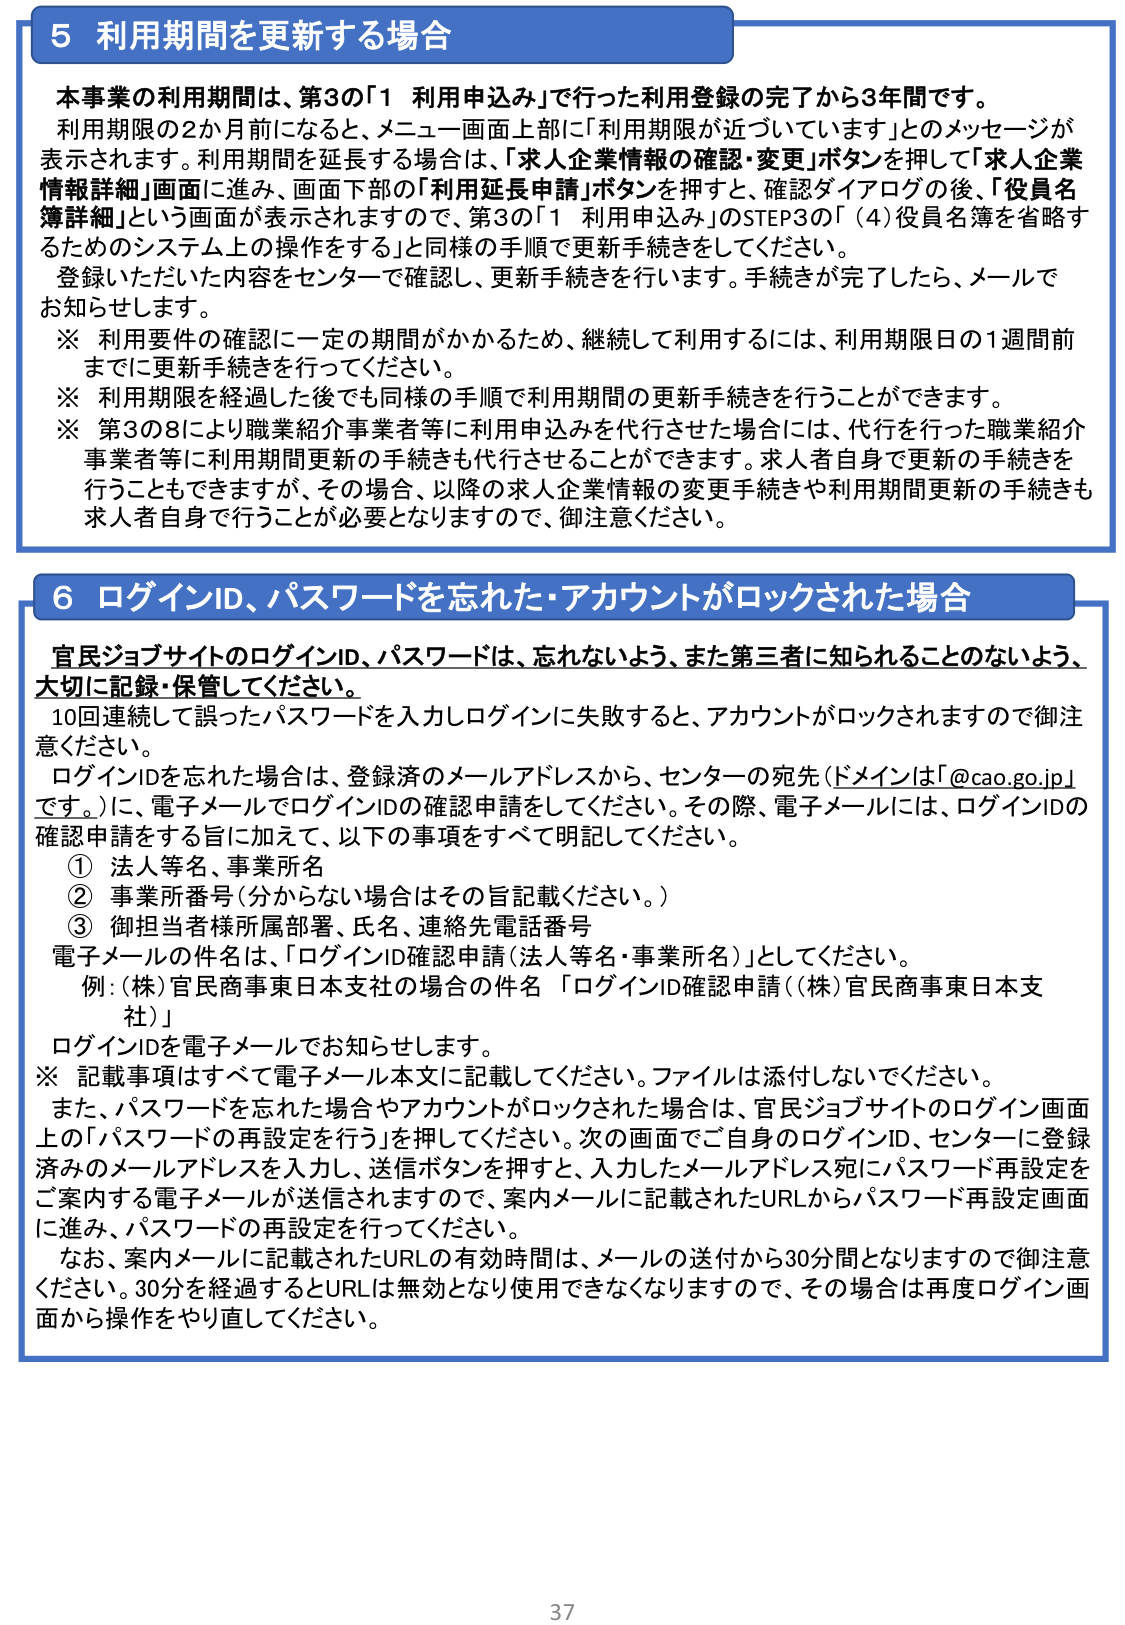
5 利用期間を更新する場合
本事業の利用期間は、第3の「1 利用申込み」で行った利用登録の完了から3年間です。
利用期限の2か月前になると、メニュー画面上部に「利用期限が近づいています」とのメッセージが表示されます。利用期間を延長する場合は、「求人企業情報の確認・変更」ボタンを押して「求人企業情報詳細」画面に進み、画面下部の「利用延長申請」ボタンを押すと、確認ダイアログの後、「役員名簿詳細」という画面が表示されますので、第3の「1 利用申込み」のSTEP3の「（4）役員名簿を省略するためのシステム上の操作をする」と同様の手順で更新手続きをしてください。
登録いただいた内容をセンターで確認し、更新手続きを行います。手続きが完了したら、メールでお知らせします。
※ 利用要件の確認に一定の期間がかかるため、継続して利用するには、利用期限日の1週間前までに更新手続きを行ってください。
※ 利用期限を経過した後でも同様の手順で利用期間の更新手続きを行うことができます。
※ 第3の8により職業紹介事業者等に利用申込みを代行させた場合には、代行を行った職業紹介事業者等に利用期間更新の手続きも代行させることができます。求人者自身で更新の手続きを行うこともできますが、その場合、以降の求人企業情報の変更手続きや利用期間更新の手続きも求人者自身で行うことが必要となりますので、御注意ください。

6 ログインID、パスワードを忘れた・アカウントがロックされた場合
官民ジョブサイトのログインID、パスワードは、忘れないよう、また第三者に知られることのないよう、大切に記録・保管してください。
10回連続して誤ったパスワードを入力しログインに失敗すると、アカウントがロックされますので御注意ください。
ログインIDを忘れた場合は、登録済のメールアドレスから、センターの宛先（ドメインは「@cao.go.jp」です。）に、電子メールでログインIDの確認申請をしてください。その際、電子メールには、ログインIDの確認申請をする旨に加えて、以下の事項をすべて明記してください。
① 法人等名、事業所名
② 事業所番号（分からない場合はその旨記載ください。）
③ 御担当者様所属部署、氏名、連絡先電話番号
電子メールの件名は、「ログインID確認申請（法人等名・事業所名）」としてください。
例：（株）官民商事東日本支社の場合の件名「ログインID確認申請（（株）官民商事東日本支社）」
ログインIDを電子メールでお知らせします。
※ 記載事項はすべて電子メール本文に記載してください。ファイルは添付しないでください。
また、パスワードを忘れた場合やアカウントがロックされた場合は、官民ジョブサイトのログイン画面上の「パスワードの再設定を行う」を押してください。次の画面でご自身のログインID、センターに登録済みのメールアドレスを入力し、送信ボタンを押すと、入力したメールアドレス宛にパスワード再設定をご案内する電子メールが送信されますので、案内メールに記載されたURLからパスワード再設定画面に進み、パスワードの再設定を行ってください。
なお、案内メールに記載されたURLの有効時間は、メールの送付から30分間となりますので御注意ください。30分を経過するとURLは無効となり使用できなくなりますので、その場合は再度ログイン画面から操作をやり直してください。

37